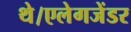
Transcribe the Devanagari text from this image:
थे।एलेगजेंडर